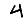
Digit: 4